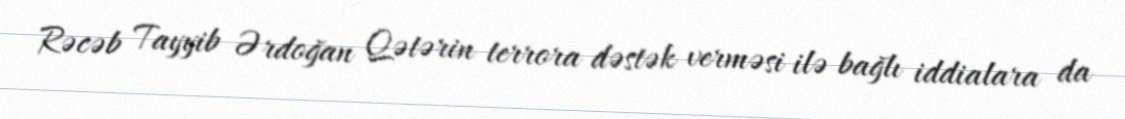
Rəcəb Tayyib Ərdoğan Qətərin terrora dəstək verməsi ilə bağlı iddialara da